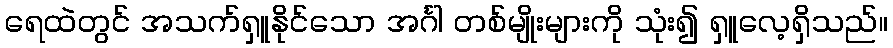
ရေထဲတွင် အသက်ရှူနိုင်သော အင်္ဂါ တစ်မျိုးများကို သုံး၍ ရှူလေ့ရှိသည်။